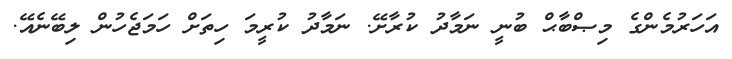
އަހަރުމެންގެ މިޞްބާޙް ބުނީ ނަމާދު ކުރާށޭ. ނަމާދު ކުރީމަ ހިތަށް ހަމަޖެހުން ލިބޭނެއޭ.